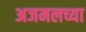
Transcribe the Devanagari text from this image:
अजमलच्या